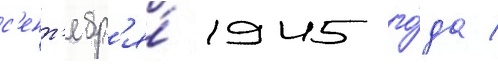
с'ент'ябр'я́ 1945 го́да /